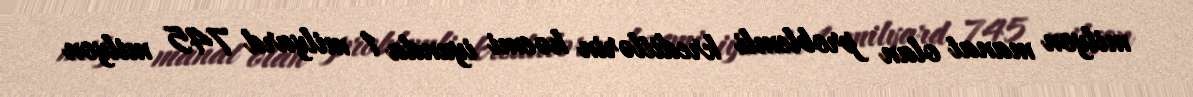
milyon manat olan problemli kreditlərin həcmi iyunda 1 milyard 745 milyon